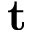
\mathbf { t }